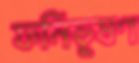
ফনিভূষণ